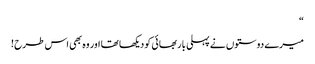
“
میرے دوستوں نے پہلی بار بھائی کو دیکھا تھا اور وہ بھی اس طرح !